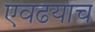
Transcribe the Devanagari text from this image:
एवढयाच